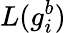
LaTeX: L(g_{i}^{b})